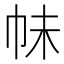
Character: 𭘕